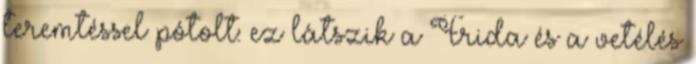
teremtéssel pótolt: ez látszik a Frida és a vetélés